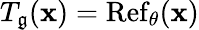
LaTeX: T_{\mathfrak{g}}(\mathbf{{x}})=\operatorname{Ref}_{\theta}(\mathbf{{x}})